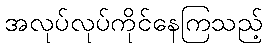
အလုပ်လုပ်ကိုင်နေကြသည့်